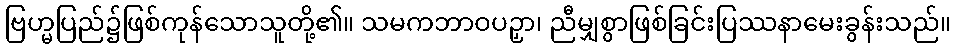
ဗြဟ္မပြည်၌ဖြစ်ကုန်သောသူတို့၏။ သမကဘာဝပဉှာ၊ ညီမျှစွာဖြစ်ခြင်းပြဿနာမေးခွန်းသည်။